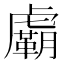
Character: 𧈉